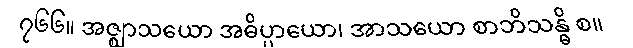
၇၆၆။ အဇ္ဈာသယော အဓိပ္ပာယော၊ အာသယော စာဘိသန္ဓိ စ။